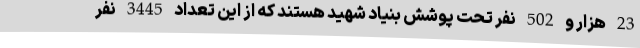
23 هزار و 502 نفر تحت پوشش بنیاد شهید هستند که از این تعداد 3445 نفر